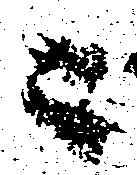
ニ